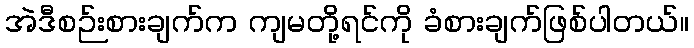
အဲဒီစဉ်းစားချက်က ကျမတို့ရင်ကို ခံစားချက်ဖြစ်ပါတယ်။